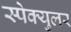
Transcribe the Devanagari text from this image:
स्पेक्युलर